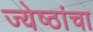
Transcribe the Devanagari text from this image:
ज्येष्ठांचा